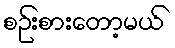
စဉ်းစားတော့မယ်